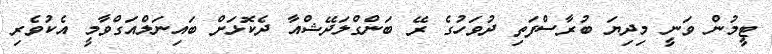
ޓީމުން ވަނީ މިދިޔަ ބުރާސްފަތި ދުވަހުގެ ރޭ ބަންގްލަދޭޝްއާ ދެކޮޅަށް ބައިނަލްއަގްވާމީ އެކުވެރި